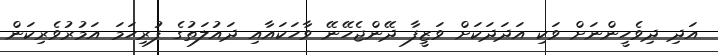
އަދި ދިވެހީންނަށް ވަކި އަދަދަކަށް ވަޒީފާ ދޭންޖެހޭނޭ ވާހަކައާއި ދައުލަތުގެ ފުރިހަމަ އަމުރުވެރިކަން